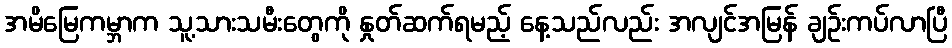
အမိမြေကမ္ဘာက သူ့သားသမီးတွေကို နှုတ်ဆက်ရမည့် နေ့သည်လည်း အလျင်အမြန် ချဉ်းကပ်လာပြီ